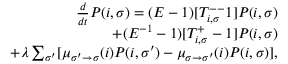
\begin{array} { r } { \frac { d } { d t } P ( i , \sigma ) = ( E - 1 ) [ T _ { i , \sigma } ^ { -- } 1 ] P ( i , \sigma ) } \\ { + ( E ^ { - 1 } - 1 ) [ T _ { i , \sigma } ^ { + } - 1 ] P ( i , \sigma ) } \\ { + \lambda \sum _ { \sigma ^ { \prime } } [ \mu _ { \sigma ^ { \prime } \to \sigma } ( i ) P ( i , \sigma ^ { \prime } ) - \mu _ { \sigma \to \sigma ^ { \prime } } ( i ) P ( i , \sigma ) ] , } \end{array}